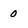
Character: 0